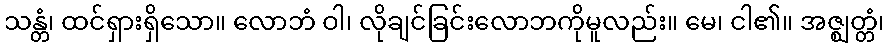
သန္တံ၊ ထင်ရှားရှိသော။ လောဘံ ဝါ၊ လိုချင်ခြင်းလောဘကိုမူလည်း။ မေ၊ ငါ၏။ အဇ္ဈတ္တံ၊